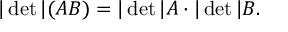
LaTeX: | \operatorname * { d e t } | ( A B ) = | \operatorname * { d e t } | A \cdot | \operatorname * { d e t } | B .